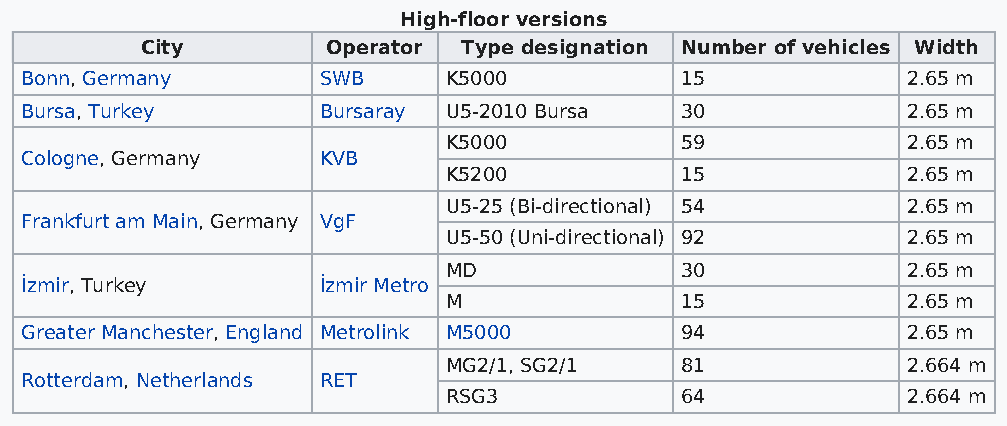
High-floor versions
 City         Operator Type designation Number of vehicles Width
 Bonn, Germany       SWB     K5000           15             2.65 m
 Bursa, Turkey       Bursaray U5-2010 Bursa  30             2.65 m
 K5000           59             2.65 m
 Cologne, Germany    KVB
 K5200           15             2.65 m
 U5-25 (Bi-directional) 54      2.65 m
 Frankfurt am Main, Germany VgF
 U5-50 (Uni-directional) 92     2.65 m
 MD              30             2.65 m
 İzmir, Turkey       İzmir Metro
 M               15             2.65 m
 Greater Manchester, England Metrolink M5000 94             2.65 m
 MG2/1, SG2/1    81             2.664 m
 Rotterdam, Netherlands RET
 RSG3            64             2.664 m